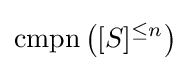
\mathrm {cmpn} \left([S]^{\leq n}\right)